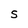
Character: S